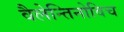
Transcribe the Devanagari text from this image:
वैलेन्तिनोविच